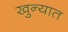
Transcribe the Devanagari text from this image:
खुन्यात